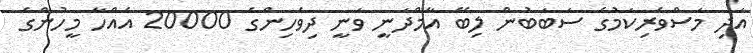
އަދި މަސްވެރިކަމުގެ ސަބަބުން ލިބޭ އާމްދަނީ ވަނީ ދިވެހިންގެ 20000 އެއްހާ މީހުންގެ